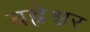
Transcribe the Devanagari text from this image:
बह्नेश्वर